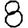
Digit: 8